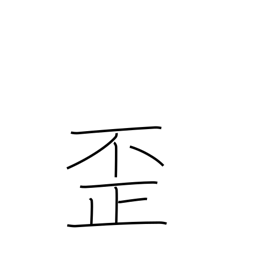
Meaning: distort